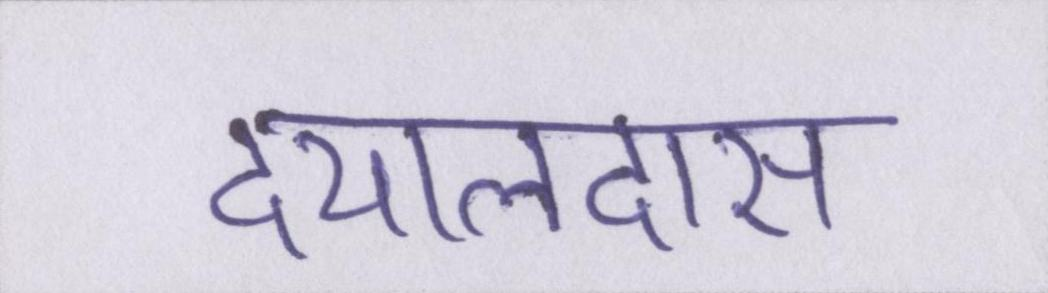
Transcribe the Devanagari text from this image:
दयालदास